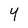
Character: Y